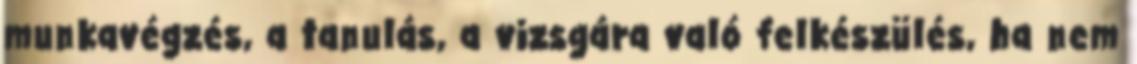
munkavégzés, a tanulás, a vizsgára való felkészülés, ha nem